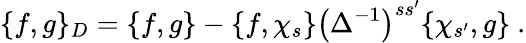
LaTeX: \{ f,g\} _{D}=\{ f,g\} -\{ f,\chi_{s}\} \left(\Delta^{-1}\right)^{ss^{\prime}}\{ \chi_{s^{\prime}},g\} \ .